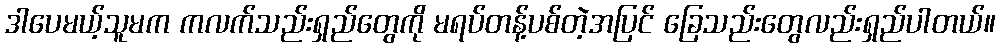
ဒါပေမယ့်သူမက ကလက်သည်းရှည်တွေကို မရပ်တန့်ပစ်တဲ့အပြင် ခြေသည်းတွေလည်းရှည်ပါတယ်။